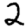
Digit: 2